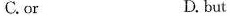
C.or D. but